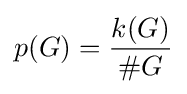
p(G)={\frac {k(G)}{\#G}}